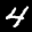
Label: 4